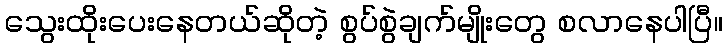
သွေးထိုးပေးနေတယ်ဆိုတဲ့ စွပ်စွဲချက်မျိုးတွေ စလာနေပါပြီ။